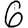
Digit: 6